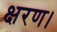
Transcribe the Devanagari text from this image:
क्षरण।